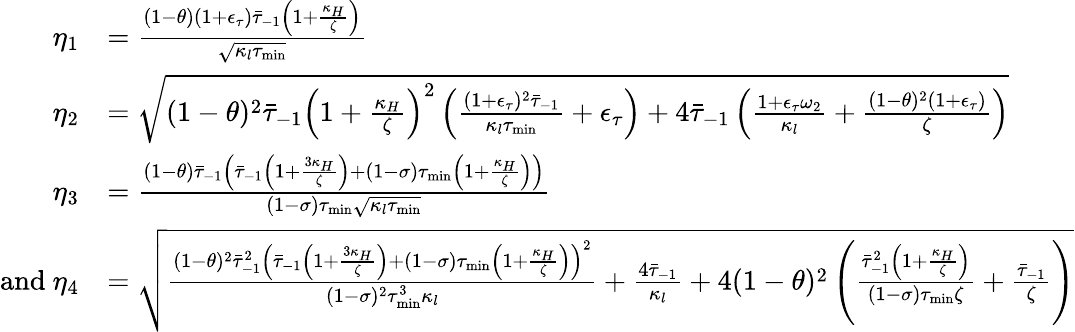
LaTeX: \begin{array}{rl}{\eta_{1}}&{=\frac{(1-\theta)(1+\epsilon_{\tau})\bar{\tau}_{-1}\left(1+\frac{\kappa_{H}}{\zeta}\right)}{\sqrt{\kappa_{l}\tau_{\operatorname*{min}}}}}\\ {\eta_{2}}&{=\sqrt{(1-\theta)^{2}\bar{\tau}_{-1}\left(1+\frac{\kappa_{H}}{\zeta}\right)^{2}\left(\frac{(1+\epsilon_{\tau})^{2}\bar{\tau}_{-1}}{\kappa_{l}\tau_{\operatorname*{min}}}+\epsilon_{\tau}\right)+4\bar{\tau}_{-1}\left(\frac{1+\epsilon_{\tau}\omega_{2}}{\kappa_{l}}+\frac{(1-\theta)^{2}(1+\epsilon_{\tau})}{\zeta}\right)}}\\ {\eta_{3}}&{=\frac{(1-\theta)\bar{\tau}_{-1}\left(\bar{\tau}_{-1}\left(1+\frac{3\kappa_{H}}{\zeta}\right)+(1-\sigma)\tau_{\operatorname*{min}}\left(1+\frac{\kappa_{H}}{\zeta}\right)\right)}{(1-\sigma)\tau_{\operatorname*{min}}\sqrt{\kappa_{l}\tau_{\operatorname*{min}}}}}\\ {\mathrm{and~}\eta_{4}}&{=\sqrt{\frac{(1-\theta)^{2}\bar{\tau}_{-1}^{2}\left(\bar{\tau}_{-1}\left(1+\frac{3\kappa_{H}}{\zeta}\right)+(1-\sigma)\tau_{\operatorname*{min}}\left(1+\frac{\kappa_{H}}{\zeta}\right)\right)^{2}}{(1-\sigma)^{2}\tau_{\operatorname*{min}}^{3}\kappa_{l}}+\frac{4\bar{\tau}_{-1}}{\kappa_{l}}+4(1-\theta)^{2}\left(\frac{\bar{\tau}_{-1}^{2}\left(1+\frac{\kappa_{H}}{\zeta}\right)}{(1-\sigma)\tau_{\operatorname*{min}}\zeta}+\frac{\bar{\tau}_{-1}}{\zeta}\right)}}\end{array}